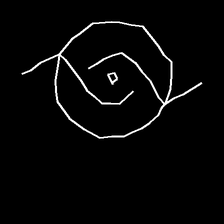
Glyph: repetition